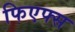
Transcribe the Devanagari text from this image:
फिएफ्स